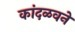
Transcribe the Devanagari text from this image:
कांदळवने